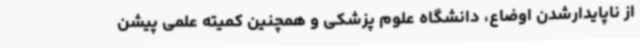
از ناپایدارشدن اوضاع، دانشگاه علوم پزشکی و همچنین کمیته علمی پیشن